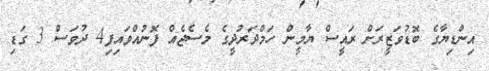
އިންޑިޔާގެ ބޮޑުވަޒީރަށް ރައީސް ޔާމީން ހަމްދަރުދީގެ މެސެޖެއް ފޮނުއްވައިފި4 ދުވަސް 3 ގަޑި